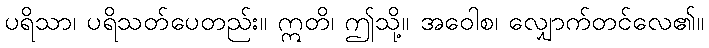
ပရိသာ၊ ပရိသတ်ပေတည်း။ ဣတိ၊ ဤသို့။ အဝေါစ၊ လျှောက်တင်လေ၏။